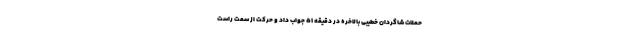
حملات شاگردان خطیبی بالاخره در دقیقه ۵۱ جواب داد و حرکت از سمت راست